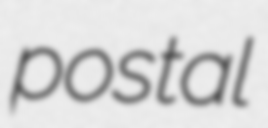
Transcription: postal